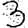
Digit: 3